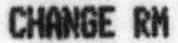
CHANGE RM